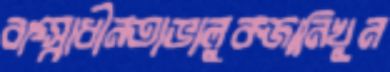
বাগ্স্বাধীনতাভালুকজানিখুন